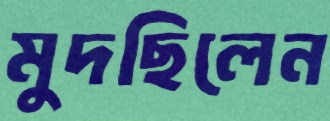
মুদছিলেন